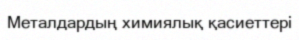
Металдардың химиялық қасиеттері